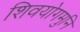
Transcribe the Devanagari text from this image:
शिवयोगमुनि